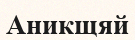
Аникщяй